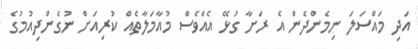
އަދި މައްސަލަ ނިމެންދެން އެ ރަށާ ގުޅޭ އެއްވެސް މުއާމަލާތެއް ކުރިއަށް ނުގެންދިއުމުގެ